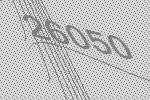
26050